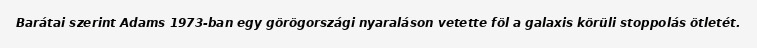
Barátai szerint Adams 1973-ban egy görögországi nyaraláson vetette föl a galaxis körüli stoppolás ötletét.